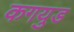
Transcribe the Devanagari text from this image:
कगयुड